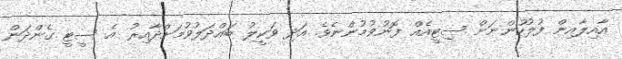
އާއިލާއިން ފުލުހުންނަށް ސިޓީއެއް ފޮނުވުމުންނެވެ. އަދި ވަކީލު ބައްދަލުވުމަށްދާއިރު އެ ސީޓީ ގެންދަން